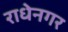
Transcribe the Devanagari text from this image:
राधेनगर